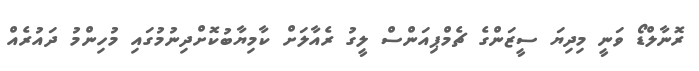
ރޮނާލްޑޯ ވަނީ މިދިޔަ ސީޒަންގެ ޗެމްޕިއަންސް ލީގު ރެއާލަށް ކާމިޔާބުކޮށްދިނުމުގައި މުހިންމު ދައުރެއް